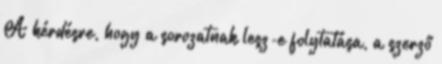
A kérdésre, hogy a sorozatnak lesz-e folytatása, a szerző